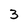
Character: 3